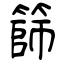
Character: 篩